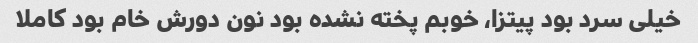
خیلی سرد بود پیتزا، خوبم پخته نشده بود نون دورش خام بود کاملا